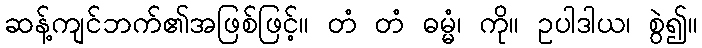
ဆန့်ကျင်ဘက်၏အဖြစ်ဖြင့်။ တံ တံ ဓမ္မံ၊ ကို။ ဥပါဒါယ၊ စွဲ၍။